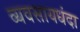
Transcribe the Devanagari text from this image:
व्यवसायधंदा